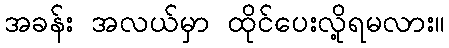
အခန်း အလယ်မှာ ထိုင်ပေးလို့ရမလား။